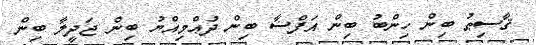
ޤާސިޠު ބިން ހިންބު ބިން އަފްޟާ ބިން ދުޢްމިއްޔު ބިން ޖަދީލާ ބިން